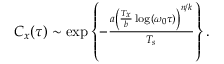
\begin{array} { r } { C _ { x } ( \tau ) \sim \exp \left\{ - \frac { a \left( \frac { T _ { x } } { b } \log ( \omega _ { 0 } \tau ) \right) ^ { n / k } } { T _ { s } } \right\} . } \end{array}